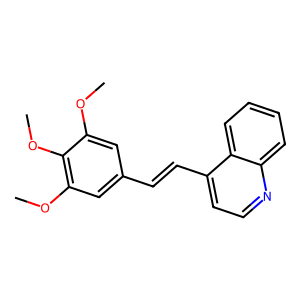
SMILES: COc1cc(C=Cc2ccnc3ccccc23)cc(OC)c1OC
Inhibits HIV replication: No